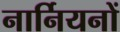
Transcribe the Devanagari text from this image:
नार्नियनों